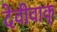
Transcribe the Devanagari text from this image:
देवीवाक्‌